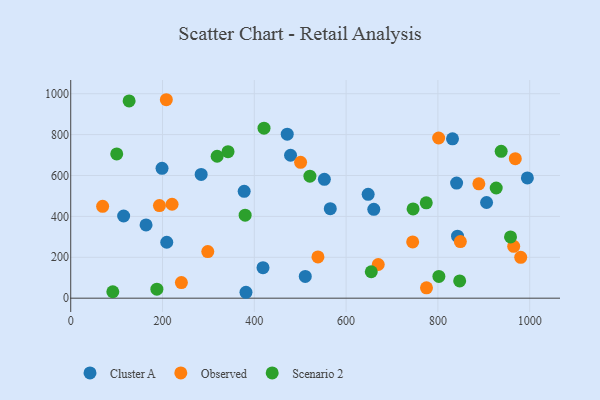
{"axis": {"x": "Speed", "y": "Fuel Efficiency"}, "legend": ["Cluster A", "Observed", "Scenario 2"], "data": [{"x": "478.9", "y": 698.9, "type": "Cluster A"}, {"x": "840.7", "y": 562.8, "type": "Cluster A"}, {"x": "198.9", "y": 635.0, "type": "Cluster A"}, {"x": "511.0", "y": 106.5, "type": "Cluster A"}, {"x": "164.1", "y": 358.3, "type": "Cluster A"}, {"x": "284.2", "y": 605.3, "type": "Cluster A"}, {"x": "552.6", "y": 581.4, "type": "Cluster A"}, {"x": "115.3", "y": 401.9, "type": "Cluster A"}, {"x": "831.8", "y": 779.5, "type": "Cluster A"}, {"x": "648.0", "y": 508.0, "type": "Cluster A"}, {"x": "209.2", "y": 273.5, "type": "Cluster A"}, {"x": "994.9", "y": 588.1, "type": "Cluster A"}, {"x": "660.3", "y": 434.6, "type": "Cluster A"}, {"x": "471.7", "y": 802.0, "type": "Cluster A"}, {"x": "418.9", "y": 149.2, "type": "Cluster A"}, {"x": "381.8", "y": 28.9, "type": "Cluster A"}, {"x": "377.9", "y": 522.6, "type": "Cluster A"}, {"x": "842.7", "y": 303.0, "type": "Cluster A"}, {"x": "906.0", "y": 467.9, "type": "Cluster A"}, {"x": "565.5", "y": 437.6, "type": "Cluster A"}, {"x": "745.0", "y": 275.3, "type": "Observed"}, {"x": "848.9", "y": 276.6, "type": "Observed"}, {"x": "500.8", "y": 664.3, "type": "Observed"}, {"x": "208.3", "y": 970.5, "type": "Observed"}, {"x": "965.1", "y": 253.6, "type": "Observed"}, {"x": "193.3", "y": 453.0, "type": "Observed"}, {"x": "241.1", "y": 76.3, "type": "Observed"}, {"x": "220.8", "y": 459.4, "type": "Observed"}, {"x": "801.6", "y": 783.3, "type": "Observed"}, {"x": "298.6", "y": 227.8, "type": "Observed"}, {"x": "69.5", "y": 449.2, "type": "Observed"}, {"x": "889.2", "y": 559.1, "type": "Observed"}, {"x": "980.4", "y": 199.9, "type": "Observed"}, {"x": "968.6", "y": 682.1, "type": "Observed"}, {"x": "775.1", "y": 50.6, "type": "Observed"}, {"x": "670.0", "y": 164.8, "type": "Observed"}, {"x": "538.6", "y": 201.8, "type": "Observed"}, {"x": "927.0", "y": 538.8, "type": "Scenario 2"}, {"x": "745.9", "y": 436.6, "type": "Scenario 2"}, {"x": "91.7", "y": 31.4, "type": "Scenario 2"}, {"x": "342.7", "y": 716.4, "type": "Scenario 2"}, {"x": "380.0", "y": 405.8, "type": "Scenario 2"}, {"x": "802.1", "y": 106.4, "type": "Scenario 2"}, {"x": "187.7", "y": 43.9, "type": "Scenario 2"}, {"x": "521.1", "y": 596.6, "type": "Scenario 2"}, {"x": "100.2", "y": 705.3, "type": "Scenario 2"}, {"x": "937.8", "y": 718.2, "type": "Scenario 2"}, {"x": "319.0", "y": 694.0, "type": "Scenario 2"}, {"x": "127.2", "y": 964.5, "type": "Scenario 2"}, {"x": "774.6", "y": 466.4, "type": "Scenario 2"}, {"x": "654.8", "y": 129.3, "type": "Scenario 2"}, {"x": "958.2", "y": 299.6, "type": "Scenario 2"}, {"x": "421.1", "y": 831.6, "type": "Scenario 2"}, {"x": "847.4", "y": 84.3, "type": "Scenario 2"}]}